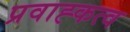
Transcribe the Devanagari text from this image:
प्रवाह्कत्व